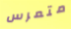
متمرس